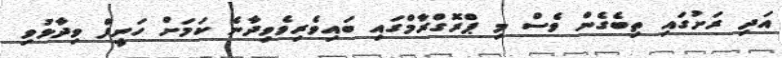
އަދި ރަށުގައި ތިބެގެން ވެސް މި ޕްރޮގްރާމްގައި ބައިވެރިވެވިދާނެ ކަމަށް ހަނީފް ވިދާޅުވި